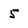
Character: 5